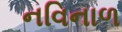
નવિનાળ